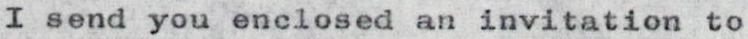
I send you enclosed an invitation to